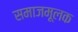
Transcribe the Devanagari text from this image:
समाजमूलक